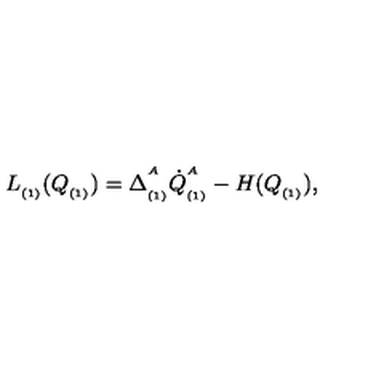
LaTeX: L _ { _ { ( 1 ) } } ( Q _ { _ { ( 1 ) } } ) = \Delta _ { _ { ( 1 ) } } ^ { ^ A } \dot { Q } _ { _ { ( 1 ) } } ^ { ^ A } - H ( Q _ { _ { ( 1 ) } } ) ,